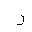
Letter: _ra